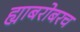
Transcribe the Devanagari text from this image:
ह्याबरोबरच